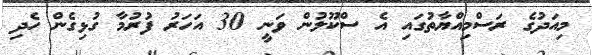
މިއަދުގެ ރަސްމިއްޔާތުގައި އެ ސްކޫލުން ވަނީ 30 އަހަރު ފުރުމާ ގުޅިގެން ހެދި